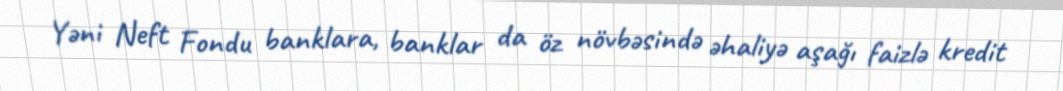
Yəni Neft Fondu banklara, banklar da öz növbəsində əhaliyə aşağı faizlə kredit